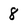
Character: 8